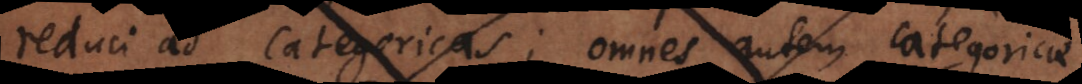
reduci ad categoricas; omnes autem categoricae